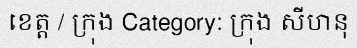
ខេត្ត / ក្រុង Category: ក្រុង សីហនុ